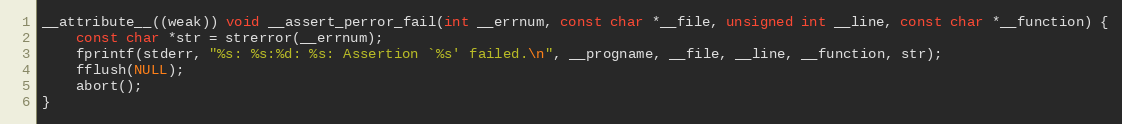
Language: C
__attribute__((weak)) void __assert_perror_fail(int __errnum, const char *__file, unsigned int __line, const char *__function) {
    const char *str = strerror(__errnum);
    fprintf(stderr, "%s: %s:%d: %s: Assertion `%s' failed.\n", __progname, __file, __line, __function, str);
    fflush(NULL);
    abort();
}